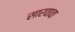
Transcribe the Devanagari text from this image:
सारवावा